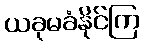
ယခုမခံနိုင်ကြ